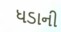
ધડાની